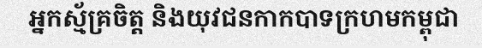
អ្នកស្ម័គ្រចិត្ត និងយុវជនកាកបាទក្រហមកម្ពុជា